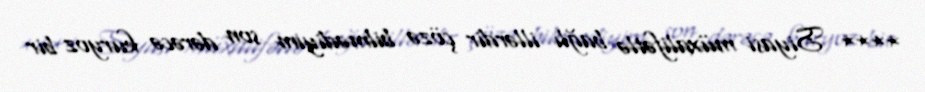
**** Siyasi müxalifətlə bağlı illərdir çözə bilmədiyim son dərəcə kuryoz bir